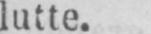
lutte.